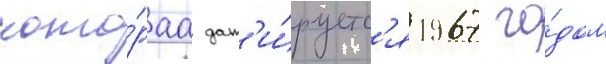
кото́раа дат'и́руетс'я 1967 го́дом